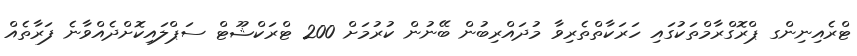
ޓްރެއިނިންގ ޕްރޮގްރާމްތަކުގައި ހަރަކާތްތެރިވާ މުދައްރިބުން ބޭނުން ކުރުމަށް 200 ޓްރަކްޝޫޓް ސަޕްލައިކޮށްދެއްވާނެ ފަރާތެއް